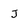
Character: J